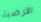
الارضية